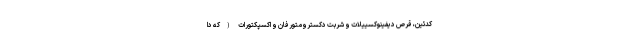
کدئین، قرص دیفینوکسییلات و شربت دکسترومتورفان و اکسپکتورات (که دا